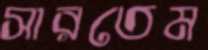
সারতেম